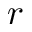
r